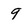
Character: 9